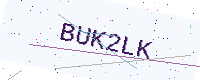
Text: BUK2LK